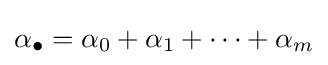
\alpha _{\bullet }=\alpha _{0}+\alpha _{1}+\cdots +\alpha _{m}